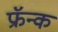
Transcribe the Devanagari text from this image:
फ्रॅन्क